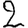
Digit: 2